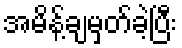
အမိန့်ချမှတ်ခဲ့ပြီး